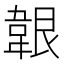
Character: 𩎤